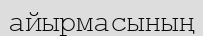
айырмасының